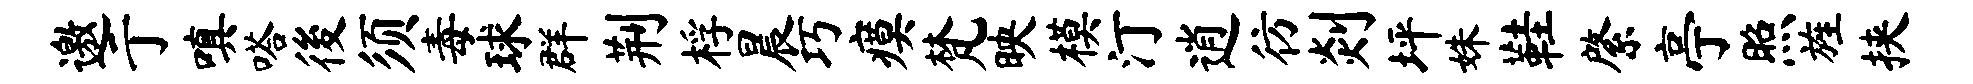
邀亍嗔嗒後须毒球群荆桴晨巧瘼梵映模汀逍彷剡坪姝鞋綮亭照旌挟